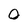
Character: 0